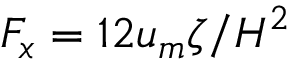
F _ { x } = 1 2 u _ { m } \zeta / H ^ { 2 }